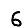
Digit: 6